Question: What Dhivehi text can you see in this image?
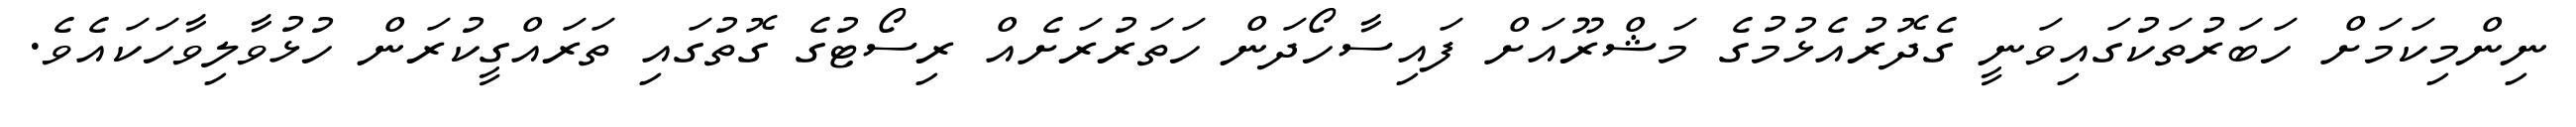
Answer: ނިންމިކަމަށް ހަބަރުތަކުގައިވަނީ ގެދޮރުއެޅުމުގެ މަޝްރޫއަށް ފައިސާހޯދަން ހަތަރުރަށެއް ރިސޯޓުގެ ގޮތުގައި ތަރައްގީކުރަން ހުޅުވާލިވާހަކައެވެ.